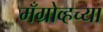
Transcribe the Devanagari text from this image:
मँग्रोव्हच्या